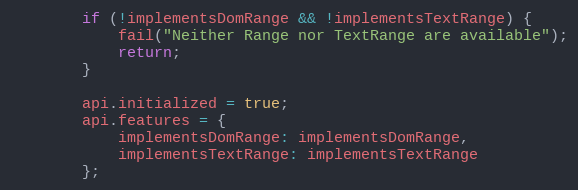
Language: JavaScript
        if (!implementsDomRange && !implementsTextRange) {
            fail("Neither Range nor TextRange are available");
            return;
        }

        api.initialized = true;
        api.features = {
            implementsDomRange: implementsDomRange,
            implementsTextRange: implementsTextRange
        };